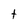
Character: t